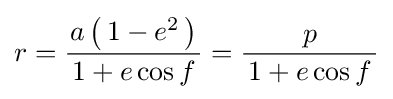
r={\frac {a\left(\,1-e^{2}\,\right)}{\,1+e\cos f\,}}={\frac {p}{\,1+e\cos f\,}}